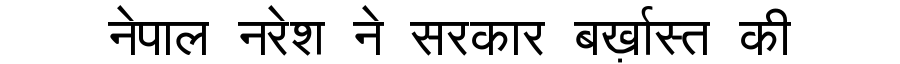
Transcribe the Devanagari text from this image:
नेपाल नरेश ने सरकार बर्ख़ास्त की